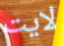
لايت